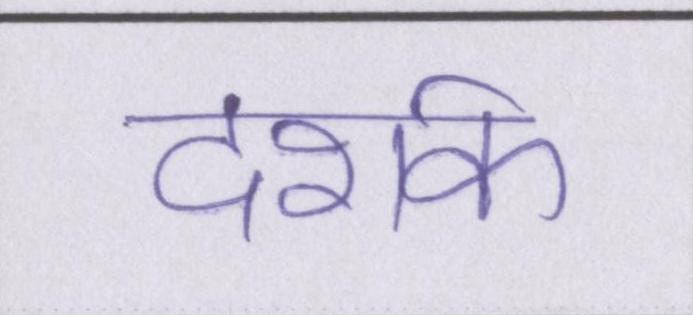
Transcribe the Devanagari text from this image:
दर्शक